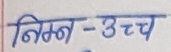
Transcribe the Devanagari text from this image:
निम्न-उच्च